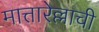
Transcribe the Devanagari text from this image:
मात्तारेल्लाची